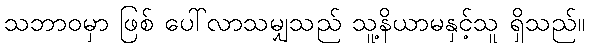
သဘာဝမှာ ဖြစ် ပေါ်လာသမျှသည် သူ့နိယာမနှင့်သူ ရှိသည်။